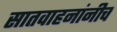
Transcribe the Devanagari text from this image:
सातवाहनांनीच